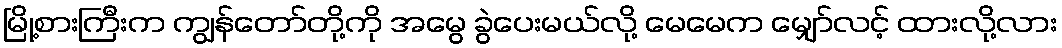
မြို့စားကြီးက ကျွန်တော်တို့ကို အမွေ ခွဲပေးမယ်လို့ မေမေက မျှော်လင့် ထားလို့လား